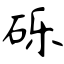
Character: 砾